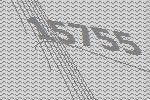
15755